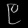
Digit: ၉